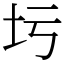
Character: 圬